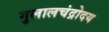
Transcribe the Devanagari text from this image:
गुलालचंद्रोदय